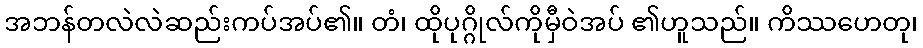
အဘန်တလဲလဲဆည်းကပ်အပ်၏။ တံ၊ ထိုပုဂ္ဂိုလ်ကိုမှီဝဲအပ် ၏ဟူသည်။ ကိဿဟေတု၊